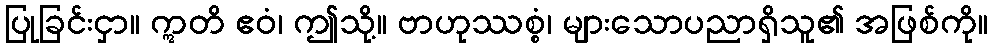
ပြုခြင်းငှာ။ ဣတိ ဧဝံ၊ ဤသို့။ ဗာဟုဿစ္စံ၊ များသောပညာရှိသူ၏ အဖြစ်ကို။